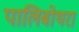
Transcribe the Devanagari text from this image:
पालिबोथरा